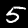
Label: 5